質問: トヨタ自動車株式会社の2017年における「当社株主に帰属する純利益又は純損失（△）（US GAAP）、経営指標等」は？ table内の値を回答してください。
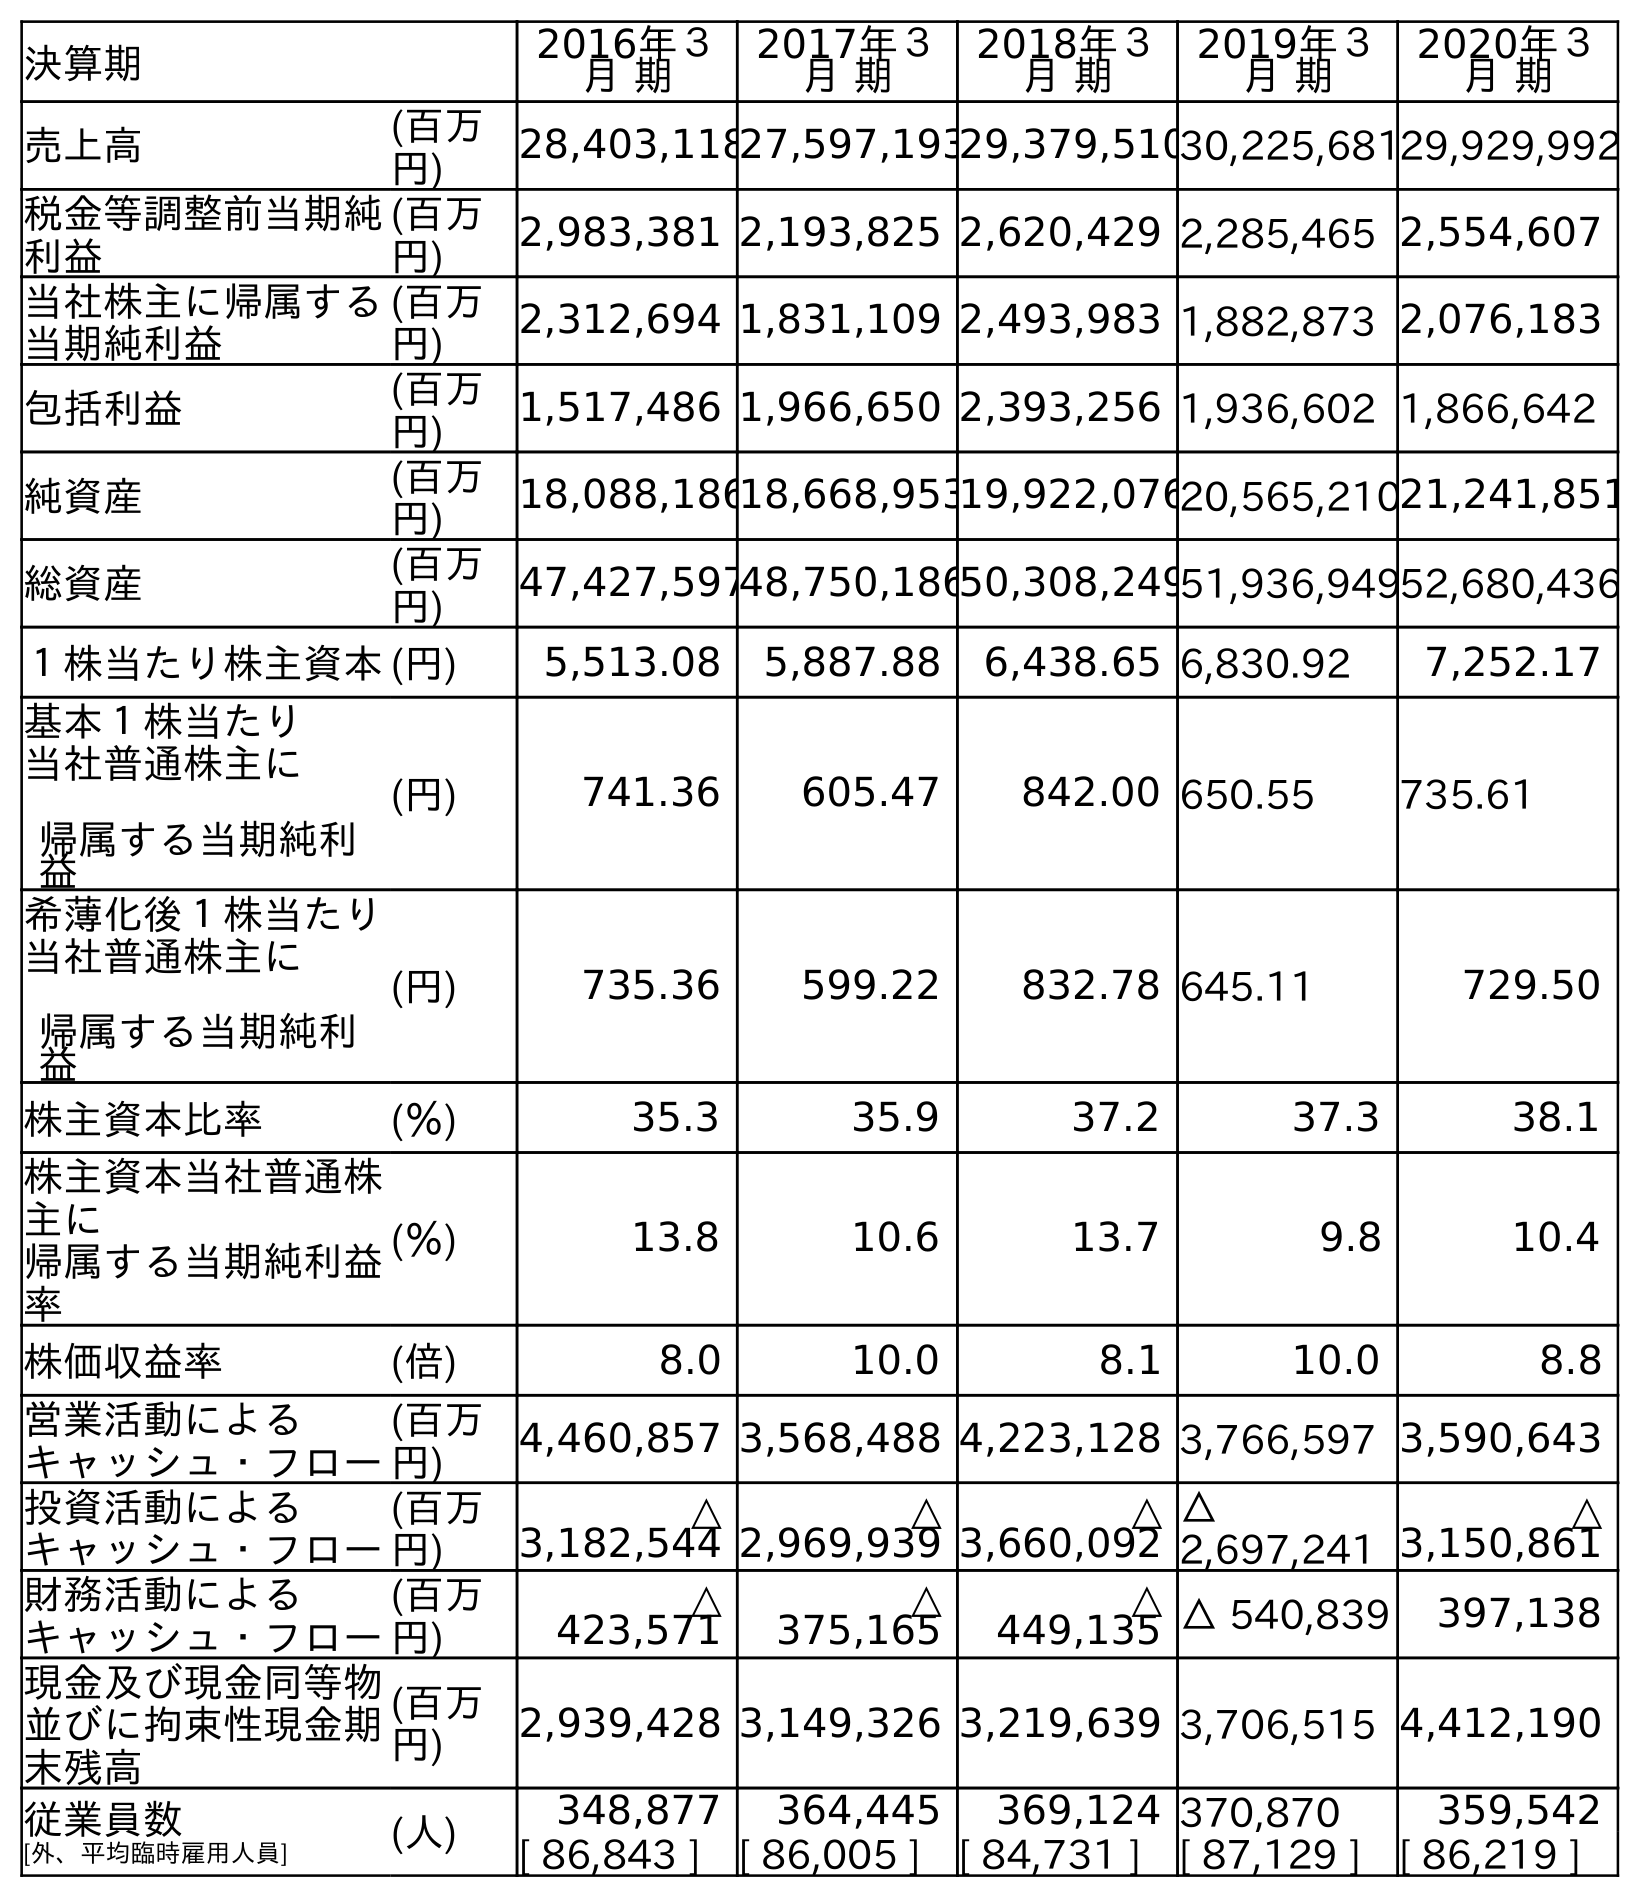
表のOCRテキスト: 決算期 2016年３ 月 期 2017年３ 月 期 2018年３ 月 期 2019年３ 月 期 2020年３ 月 期 売上高 (百万 円) 28,403,11827,597,19329,379,51030,225,68129,929,992 税金等調整前当期純 利益 (百万 円) 2,983,381 2,193,825 2,620,429 2,285,465 2,554,607 当社株主に帰属する 当期純利益 (百万 円) 2,312,694 1,831,109 2,493,983 1,882,873 2,076,183 包括利益 (百万 円) 1,517,486 1,966,650 2,393,256 1,936,602 1,866,642 純資産 (百万 円) 18,088,18618,668,95319,922,07620,565,21021,241,851 総資産 (百万 円) 47,427,59748,750,18650,308,24951,936,94952,680,436 １株当たり株主資本(円) 5,513.08 5,887.88 6,438.65 6,830.92 7,252.17 基本１株当たり 当社普通株主に 帰属する当期純利 益 (円) 741.36 605.47 842.00 650.55 735.61 希薄化後１株当たり 当社普通株主に 帰属する当期純利 益 (円) 735.36 599.22 832.78 645.11 729.50 株主資本比率 (％) 35.3 35.9 37.2 37.3 38.1 株主資本当社普通株 主に 帰属する当期純利益 率 (％) 13.8 10.6 13.7 9.8 10.4 株価収益率 (倍) 8.0 10.0 8.1 10.0 8.8 営業活動による キャッシュ・フロー (百万 円) 4,460,857 3,568,488 4,223,128 3,766,597 3,590,643 投資活動による キャッシュ・フロー (百万 円) △ 3,182,544 △ 2,969,939 △ 3,660,092 △ 2,697,241 △ 3,150,861 財務活動による キャッシュ・フロー (百万 円) △ 423,571 △ 375,165 △ 449,135 △ 540,839 397,138 現金及び現金同等物 並びに拘束性現金期 末残高 (百万 円) 2,939,428 3,149,326 3,219,639 3,706,515 4,412,190 従業員数 [外、平均臨時雇用人員] (人) 348,877 364,445 369,124 370,870 359,542 [ 86,843 ] [ 86,005 ] [ 84,731 ] [ 87,129 ] [ 86,219 ]
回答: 1,831,109